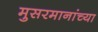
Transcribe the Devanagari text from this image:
मुसरमानांच्या